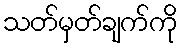
သတ်မှတ်ချက်ကို